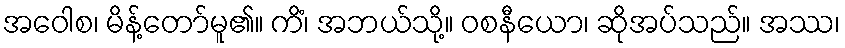
အဝေါစ၊ မိန့်တော်မူ၏။ ကိံ၊ အဘယ်သို့။ ဝစနီယော၊ ဆိုအပ်သည်။ အဿ၊